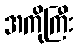
အကိုကြီး